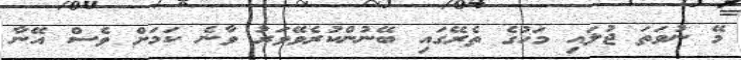
މޭ ނުވަތަ ޖުލައި މަހުގެ ތެރޭގައި ބޭނުންކުރެވޭވަރު ވާނެ ކަމަށް ވެސް އޭނާ